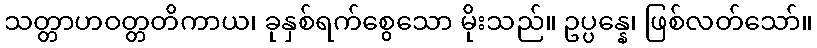
သတ္တာဟဝတ္တတိကာယ၊ ခုနှစ်ရက်စွေသော မိုးသည်။ ဥပ္ပန္နေ၊ ဖြစ်လတ်သော်။